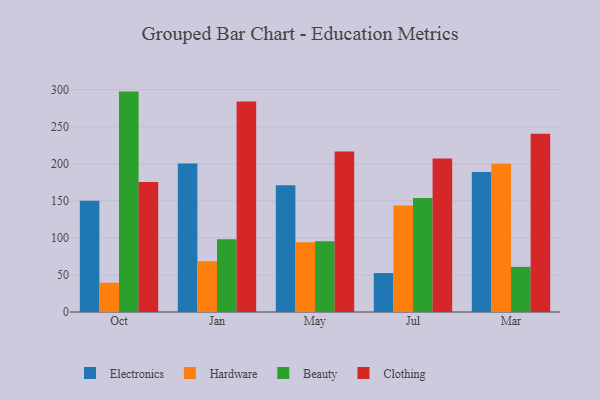
{"axis": {"x": "Month", "y": "Revenue (USD Million)"}, "legend": ["Beauty", "Clothing", "Electronics", "Hardware"], "data": [{"x": "Oct", "y": 149.9, "type": "Electronics"}, {"x": "Oct", "y": 39.5, "type": "Hardware"}, {"x": "Oct", "y": 297.3, "type": "Beauty"}, {"x": "Oct", "y": 175.3, "type": "Clothing"}, {"x": "Jan", "y": 200.3, "type": "Electronics"}, {"x": "Jan", "y": 68.5, "type": "Hardware"}, {"x": "Jan", "y": 98.1, "type": "Beauty"}, {"x": "Jan", "y": 283.8, "type": "Clothing"}, {"x": "May", "y": 171.0, "type": "Electronics"}, {"x": "May", "y": 94.0, "type": "Hardware"}, {"x": "May", "y": 95.5, "type": "Beauty"}, {"x": "May", "y": 216.5, "type": "Clothing"}, {"x": "Jul", "y": 52.5, "type": "Electronics"}, {"x": "Jul", "y": 143.5, "type": "Hardware"}, {"x": "Jul", "y": 153.7, "type": "Beauty"}, {"x": "Jul", "y": 207.0, "type": "Clothing"}, {"x": "Mar", "y": 188.7, "type": "Electronics"}, {"x": "Mar", "y": 199.9, "type": "Hardware"}, {"x": "Mar", "y": 60.9, "type": "Beauty"}, {"x": "Mar", "y": 240.3, "type": "Clothing"}]}